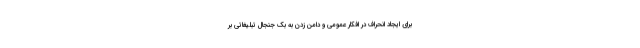
برای ایجاد انحراف در افکار عمومی و دامن زدن به بک جنجال تبلیغاتی بر